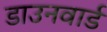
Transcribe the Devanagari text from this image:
डाउनवार्ड